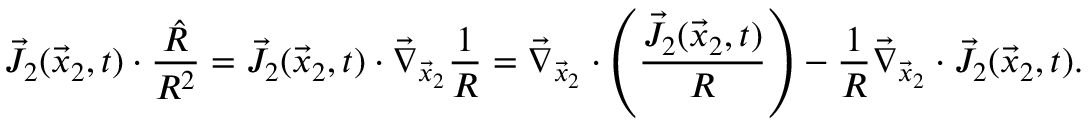
\vec { J } _ { 2 } ( \vec { x } _ { 2 } , t ) \cdot \frac { \hat { R } } { R ^ { 2 } } = \vec { J } _ { 2 } ( \vec { x } _ { 2 } , t ) \cdot \vec { \nabla } _ { \vec { x } _ { 2 } } \frac { 1 } { R } = \vec { \nabla } _ { \vec { x } _ { 2 } } \cdot \left( \frac { \vec { J } _ { 2 } ( \vec { x } _ { 2 } , t ) } { R } \right) - \frac { 1 } { R } \vec { \nabla } _ { \vec { x } _ { 2 } } \cdot \vec { J } _ { 2 } ( \vec { x } _ { 2 } , t ) .